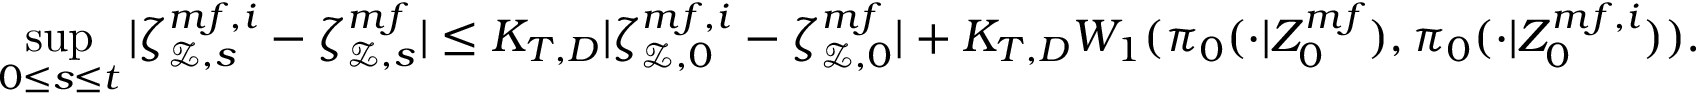
\operatorname* { s u p } _ { 0 \leq s \leq t } | \zeta _ { \mathcal { Z } , s } ^ { m f , i } - \zeta _ { \mathcal { Z } , s } ^ { m f } | \leq K _ { T , D } | \zeta _ { \mathcal { Z } , 0 } ^ { m f , i } - \zeta _ { \mathcal { Z } , 0 } ^ { m f } | + K _ { T , D } W _ { 1 } ( \pi _ { 0 } ( \cdot | Z _ { 0 } ^ { m f } ) , \pi _ { 0 } ( \cdot | Z _ { 0 } ^ { m f , i } ) ) .